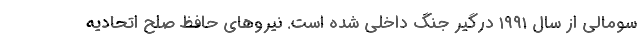
سومالی از سال ۱۹۹۱ درگیر جنگ داخلی شده است. نیروهای حافظ صلح اتحادیه